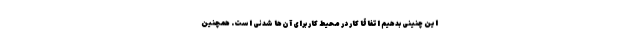
این چنینی بدهیم اتفاقاً کار در محیط کار برای آن‌ها شدنی است. همچنین